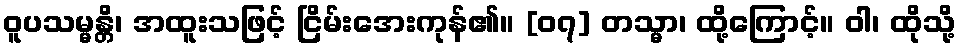
ဝူပသမ္မန္တိ၊ အထူးသဖြင့် ငြိမ်းအေးကုန်၏။ [၀၇] တသ္မာ၊ ထို့ကြောင့်။ ဝါ၊ ထိုသို့